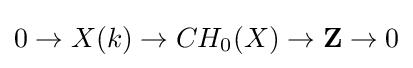
0\rightarrow X(k)\rightarrow CH_{0}(X)\rightarrow \mathbf {Z} \rightarrow 0